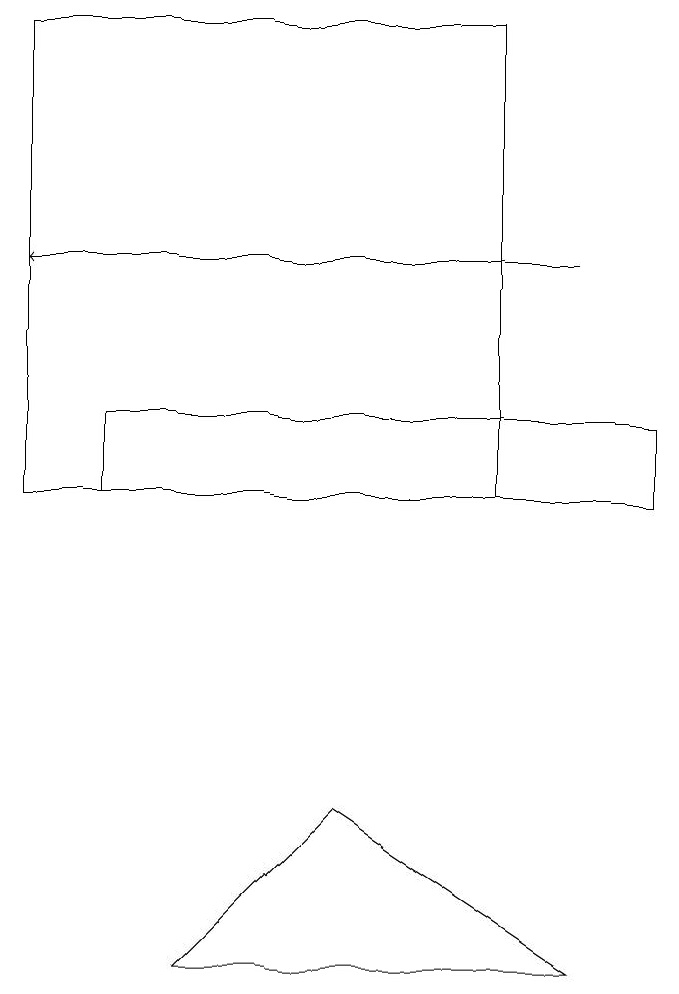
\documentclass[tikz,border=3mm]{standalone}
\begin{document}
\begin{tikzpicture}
\draw (1,16) rectangle (7,10);
\draw[->] (8,13) -- (1,13);
\draw (2,11) rectangle (9,10);
\draw (5,6) -- (3,4) -- (8,4) -- cycle;
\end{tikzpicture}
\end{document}